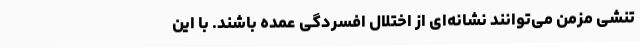
تنشی مزمن می‌توانند نشانه‌ای از اختلال افسردگی عمده باشند. با این